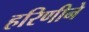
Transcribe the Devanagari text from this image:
हरिणीने